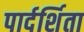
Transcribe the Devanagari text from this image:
पार्दर्शिता